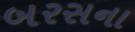
બરસના